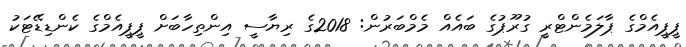
ޕީޕީއެމްގެ ޕާލަމެންޓްރީ ގުރޫޕުގެ ބައެއް މެމްބަރުން: 2018ގެ ރިޔާސީ އިންތިހާބަށް ޕީޕީއެމްގެ ކެންޑިޑޭޓަކު